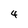
Character: 4